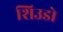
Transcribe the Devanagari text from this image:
शिउडो